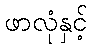
ဖာလုံနှင့်